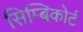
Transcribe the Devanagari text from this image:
सिम्बिकोर्ट